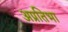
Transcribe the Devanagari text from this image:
अप्रतिभा